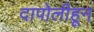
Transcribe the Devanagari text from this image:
दापोलीहून